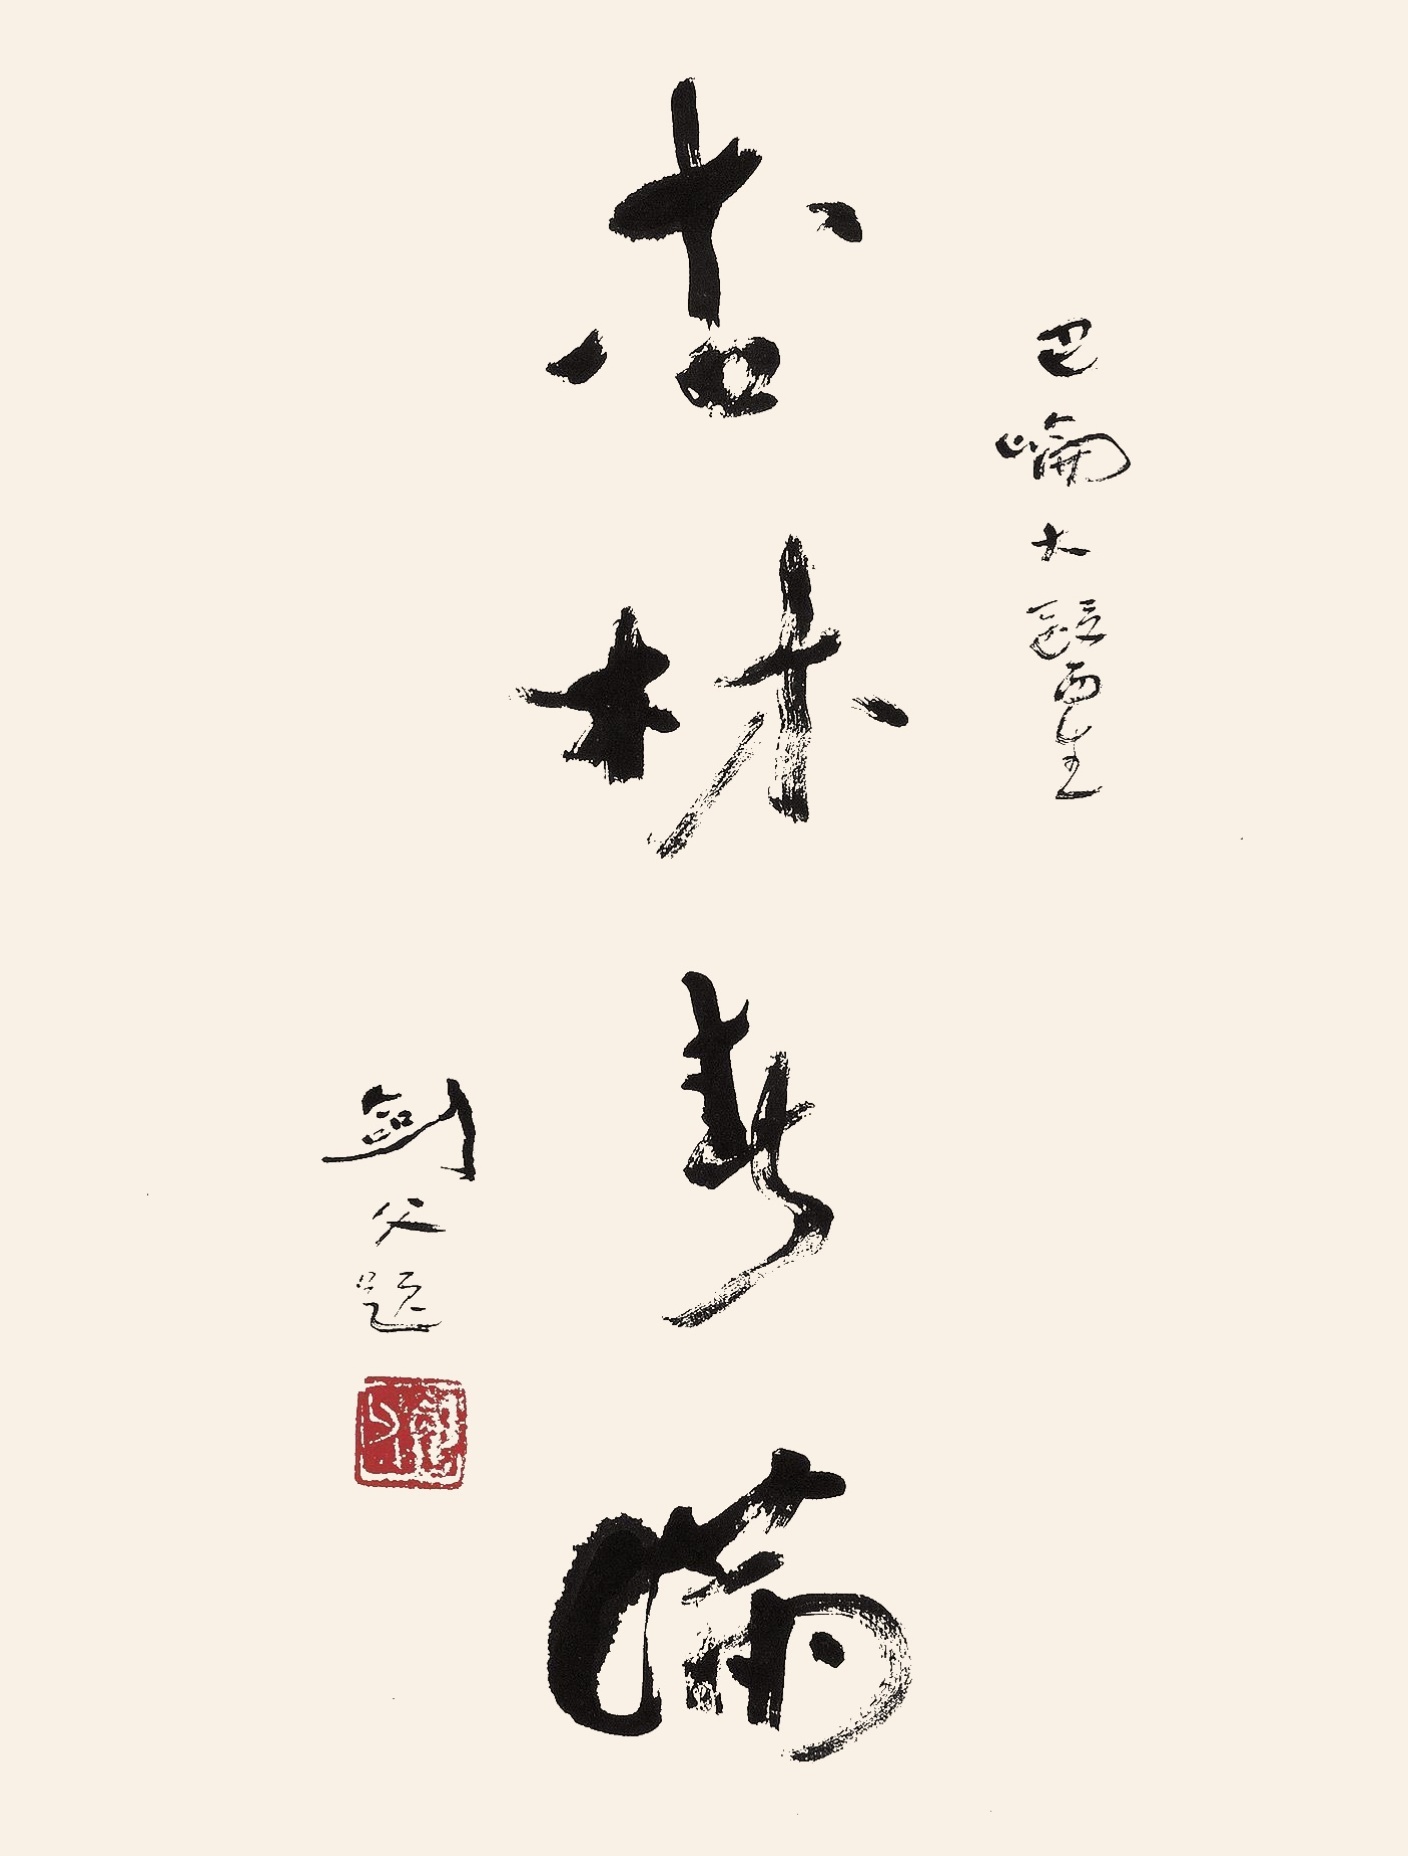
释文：杏林春满。巴崘大医生，剑父题。